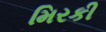
મિરકી